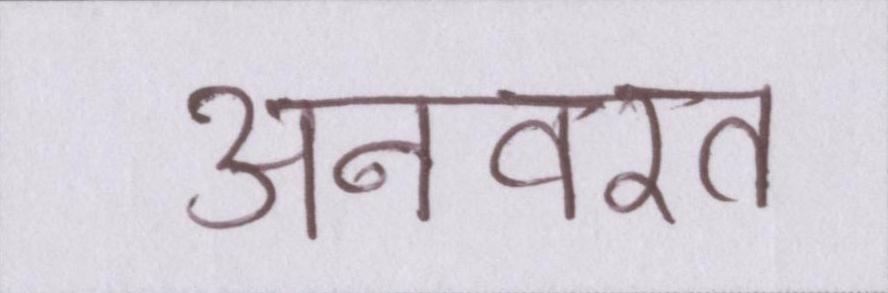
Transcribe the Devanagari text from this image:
अनवरत